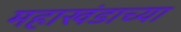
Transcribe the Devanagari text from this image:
महाखंडाच्या